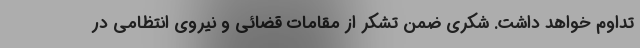
تداوم خواهد داشت. شکری ضمن تشکر از مقامات قضائی و نیروی انتظامی در